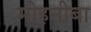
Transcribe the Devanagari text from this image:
मोहनीबा